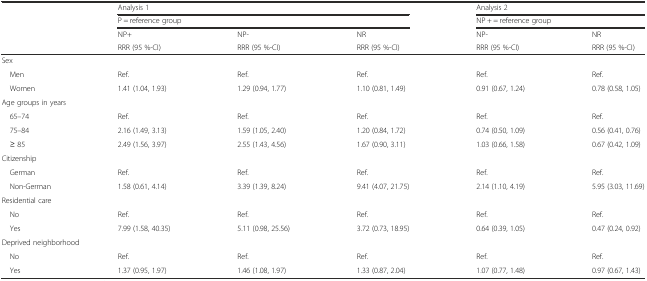
<table><thead><tr><td></td><td colspan="3"><b>Analysis 1</b></td><td colspan="2"><b>Analysis 2</b></td></tr><tr><td></td><td colspan="3"><b>P = reference group</b></td><td colspan="2"><b>NP + = reference group</b></td></tr><tr><td></td><td><b>NP+</b></td><td><b>NP-</b></td><td><b>NR</b></td><td><b>NP-</b></td><td><b>NR</b></td></tr><tr><td></td><td><b>RRR (95 %-CI)</b></td><td><b>RRR (95 %-CI)</b></td><td><b>RRR (95 %-CI)</b></td><td><b>RRR (95 %-CI)</b></td><td><b>RRR (95 %-CI)</b></td></tr></thead><tbody><tr><td colspan="6">Sex</td></tr><tr><td> Men</td><td>Ref.</td><td>Ref.</td><td>Ref.</td><td>Ref.</td><td>Ref.</td></tr><tr><td> Women</td><td>1.41 (1.04, 1.93)</td><td>1.29 (0.94, 1.77)</td><td>1.10 (0.81, 1.49)</td><td>0.91 (0.67, 1.24)</td><td>0.78 (0.58, 1.05)</td></tr><tr><td colspan="6">Age groups in years</td></tr><tr><td> 65–74</td><td>Ref.</td><td>Ref.</td><td>Ref.</td><td>Ref.</td><td>Ref.</td></tr><tr><td> 75–84</td><td>2.16 (1.49, 3.13)</td><td>1.59 (1.05, 2.40)</td><td>1.20 (0.84, 1.72)</td><td>0.74 (0.50, 1.09)</td><td>0.56 (0.41, 0.76)</td></tr><tr><td> ≥ 85</td><td>2.49 (1.56, 3.97)</td><td>2.55 (1.43, 4.56)</td><td>1.67 (0.90, 3.11)</td><td>1.03 (0.66, 1.58)</td><td>0.67 (0.42, 1.09)</td></tr><tr><td colspan="6">Citizenship</td></tr><tr><td> German</td><td>Ref.</td><td>Ref.</td><td>Ref.</td><td>Ref.</td><td>Ref.</td></tr><tr><td> Non-German</td><td>1.58 (0.61, 4.14)</td><td>3.39 (1.39, 8.24)</td><td>9.41 (4.07, 21.75)</td><td>2.14 (1.10, 4.19)</td><td>5.95 (3.03, 11.69)</td></tr><tr><td colspan="6">Residential care</td></tr><tr><td> No</td><td>Ref.</td><td>Ref.</td><td>Ref.</td><td>Ref.</td><td>Ref.</td></tr><tr><td> Yes</td><td>7.99 (1.58, 40.35)</td><td>5.11 (0.98, 25.56)</td><td>3.72 (0.73, 18.95)</td><td>0.64 (0.39, 1.05)</td><td>0.47 (0.24, 0.92)</td></tr><tr><td colspan="6">Deprived neighborhood</td></tr><tr><td> No</td><td>Ref.</td><td>Ref.</td><td>Ref.</td><td>Ref.</td><td>Ref.</td></tr><tr><td> Yes</td><td>1.37 (0.95, 1.97)</td><td>1.46 (1.08, 1.97)</td><td>1.33 (0.87, 2.04)</td><td>1.07 (0.77, 1.48)</td><td>0.97 (0.67, 1.43)</td></tr></tbody></table>